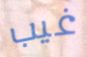
غيب